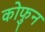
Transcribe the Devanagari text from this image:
कोफुन